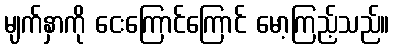
မျက်နှာကို ငေးကြောင်ကြောင် မော့ကြည့်သည်။